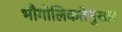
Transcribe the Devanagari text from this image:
भौगोलिकतेनुसार